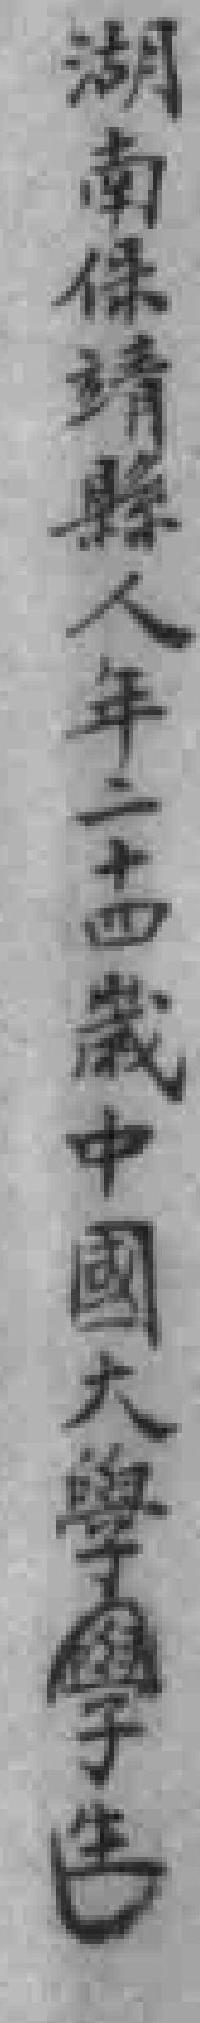
湖南保靖縣人年二十四歲中國大學（學生）